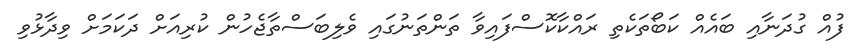
ފުއް ގުދަނާއި ބައެއް ކަބޯތަކެތި ރައްކާކޮސްފައިވާ ތަންތަނުގައި ވެލިބަސްތާޖެހުން ކުރިއަށް ދަކަމަށް ވިދާޅުވި